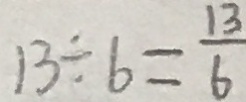
1 3 \div 6 = \frac { 1 3 } { 6 }